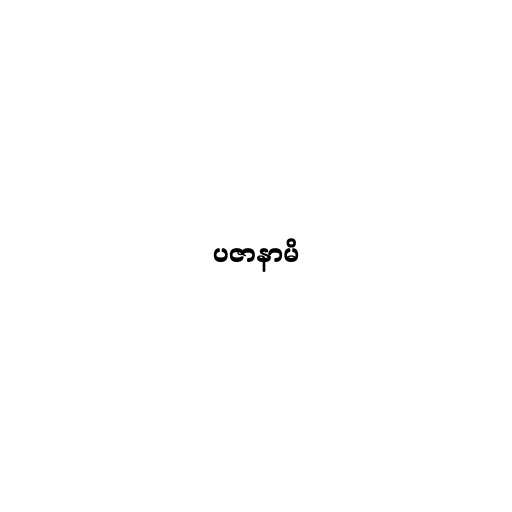
ပဇာနာမိ